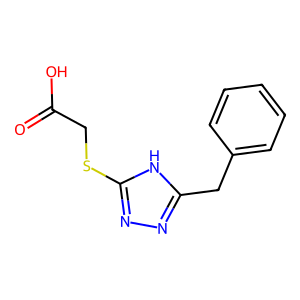
SMILES: O=C(O)CSc1nnc(Cc2ccccc2)[nH]1
Inhibits HIV replication: No